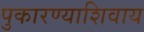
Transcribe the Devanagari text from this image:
पुकारण्याशिवाय